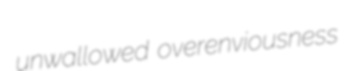
unwallowed overenviousness